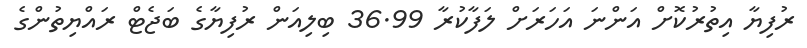
ރުފިޔާ އިތުރުކޮށް އަންނަ އަހަރަށް ލަފާކުރާ 36.99 ބިލިއަން ރުފިޔާގެ ބަޖެޓް ރައްޔިތުންގެ